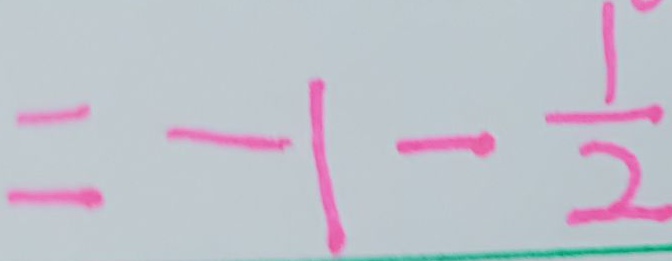
= - 1 - \frac { 1 } { 2 }